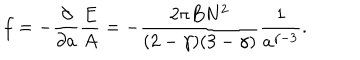
LaTeX: f = - { \frac { \partial } { \partial a } } { \frac { E } { A } } = - { \frac { 2 \pi B N ^ { 2 } } { ( 2 - \gamma ) ( 3 - \gamma ) } } { \frac { 1 } { a ^ { \gamma - 3 } } } .